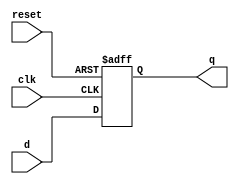
module d_ff(d, clk, reset, q);
	input d, clk, reset;
	output reg q;

	always @(posedge clk or negedge reset) begin
		if(!reset) q <= 0;
		else q <= d;
	end
endmodule

module reg_32bit(q, d, clk, reset);
	input[31:0] d;
	input clk, reset;
	output[31:0] q;

	generate
		genvar j;
		for (j = 0; j < 32; j = j + 1) begin: reg_loop
			d_ff dff1(d[j], clk, reset, q[j]);
		end
	endgenerate
endmodule

module mux4_1(regData, q1, q2, q3, q4, reg_no);
	input[31:0] q1, q2, q3, q4;
	input[1:0] reg_no;
	output[31:0] regData;
	reg[31:0] regData;

	always @(reg_no or q1 or q2 or q3 or q4) begin
		if (!reg_no[1]) begin
			if(!reg_no[0]) begin
				regData = q1;
			end
			else begin
				regData = q2;
			end
		end
		else begin
			if(!reg_no[0]) begin
				regData = q3;
			end
			else begin
				regData = q4;
			end
		end
	end
endmodule

module decoder_2to4(register, reg_no);
	input[1:0] reg_no;
	output[3:0] register;

	assign register[0] = ~reg_no[1] & ~reg_no[0];
	assign register[1] = ~reg_no[1] & reg_no[0];
	assign register[2] = reg_no[1] & ~reg_no[0];
	assign register[3] = reg_no[1] & reg_no[0];
endmodule

module RegFile(clk, reset, ReadReg1, ReadReg2, WriteData, WriteReg, RegWrite, ReadData1, ReadData2);
	input clk, reset, RegWrite;
	input[1:0] ReadReg1, ReadReg2, WriteReg;
	input[31:0] WriteData;
	output[31:0] ReadData1, ReadData2;

	wire[3:0] decoderop;
	decoder_2to4 d1(decoderop, WriteReg); // get register number as decoder o/p

	wire[3:0] regclk; // whether to write to reg or not
	assign regclk[0] = clk & RegWrite & decoderop[0];
	assign regclk[1] = clk & RegWrite & decoderop[1];
	assign regclk[2] = clk & RegWrite & decoderop[2];
	assign regclk[3] = clk & RegWrite & decoderop[3];

	wire[31:0] q1, q2, q3, q4; // outputs from all registers
	reg_32bit r1(q1, WriteData, regclk[0], reset);
	reg_32bit r2(q2, WriteData, regclk[1], reset);
	reg_32bit r3(q3, WriteData, regclk[2], reset);
	reg_32bit r4(q4, WriteData, regclk[3], reset);

	// read output from registers
	mux4_1 m1(ReadData1, q1, q2, q3, q4, ReadReg1);
	mux4_1 m2(ReadData2, q1, q2, q3, q4, ReadReg2);
endmodule

module tb;
	reg clk, reset, RegWrite;
	reg[1:0] ReadReg1, ReadReg2, WriteReg;
	reg[31:0] WriteData;
	wire[31:0] ReadData1, ReadData2;
	RegFile rf(clk, reset, ReadReg1, ReadReg2, WriteData, WriteReg, RegWrite, ReadData1, ReadData2);

	always #5 clk = ~clk;

	initial begin
		$monitor(,$time," clk=%b, Data1=%8h, Data2=%8h", clk, ReadData1, ReadData2);
		#0  clk = 1'b0; reset = 1'b0; RegWrite = 1'b1;
		#20 reset = 1'b1;
		#20 WriteReg = 2'b00; WriteData=32'hFFFFFFFF; 
		#20 ReadReg1 = 2'b00; ReadReg2 = 2'b11;
		#20 WriteReg = 2'b10; WriteData=32'hAAAAAAAA;
		#20 RegWrite = 1'b0;
		#20 ReadReg1 = 2'b00; ReadReg2 = 2'b10;
		#20 $finish;
	end
endmodule